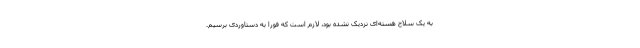
به یک سلاح هسته‌ای نزدیک نشده بود، لازم است که فورا به دستاوردی برسیم.